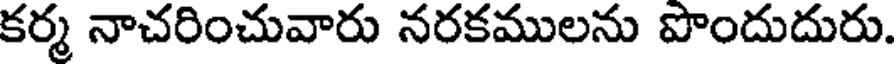
కర్మ నాచరించువారు నరకములను పొందుదురు.